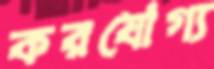
করযোগ্য